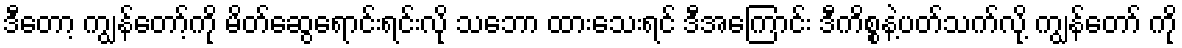
ဒီတော့ ကျွန်တော့်ကို မိတ်ဆွေရောင်းရင်းလို သဘော ထားသေးရင် ဒီအကြောင်း ဒီကိစ္စနဲ့ပတ်သက်လို့ ကျွန်တော် ကို